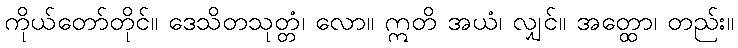
ကိုယ်တော်တိုင်။ ဒေသိတသုတ္တံ၊ လော။ ဣတိ အယံ၊ လျှင်။ အတ္ထော၊ တည်း။